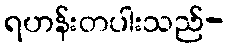
ရဟန်းတပါးသည်-